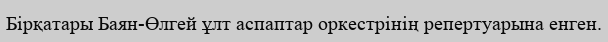
Бірқатары Баян-Өлгей ұлт аспаптар оркестрінің репертуарына енген.